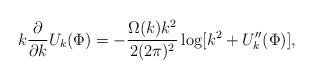
\begin{align*}k\frac{\partial}{\partial k}U_k(\Phi)=-\frac{\Omega(k) k^2}{2(2\pi)^2}\log[k^2+U_k^{\prime\prime}(\Phi)],\end{align*}